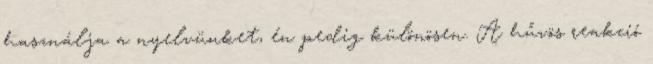
használja a nyelvünket, én pedig különösen. A hűvös reakció